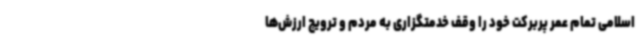
اسلامی تمام عمر پربرکت خود را وقف خدمتگزاری به مردم و ترویج ارزش‌ها